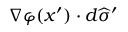
\nabla \varphi ( x ^ { \prime } ) \cdot d { \widehat { \sigma } } ^ { \prime }